Leprosy in India: report of the Leprosy Commission in India, 1890-91
Year: 1890
Disease focus: Leprosy
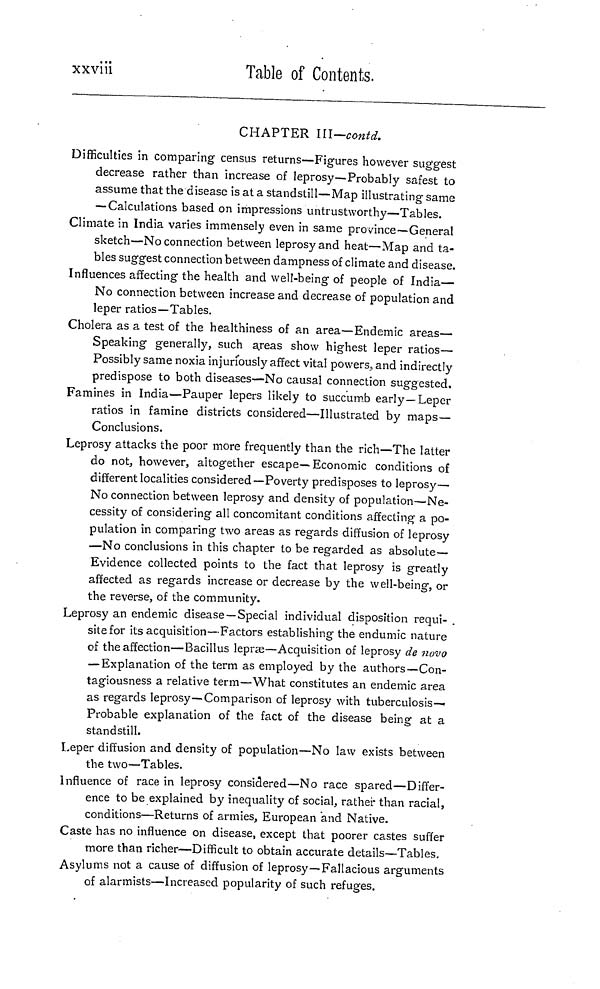
xxviii
Table of Contents.
CHAPTER III—contd.
Difficulties in comparing census returns—Figures however suggest
decrease rather than increase of leprosy—Probably safest to
assume that the disease is at a standstill—Map illustrating same
— Calculations based on impressions untrustworthy—Tables.
Climate in India varies immensely even in same province—General
sketch—No connection between leprosy and heat—Map and ta-
bles suggest connection between dampness of climate and disease.
Influences affecting the health and well-being of people of India—
No connection between increase and decrease of population and
leper ratios—Tables.
Cholera as a test of the healthiness of an area—Endemic areas—
Speaking generally, such areas show highest leper ratios—
Possibly same noxia injuriously affect vital powers,, and indirectly
predispose to both diseases—No causal connection suggested.
Famines in India—Pauper lepers likely to succumb early—Leper
ratios in famine districts considered—Illustrated by maps—
Conclusions.
Leprosy attacks the poor more frequently than the rich—The latter
do not, however, altogether escape—Economic conditions of
different localities considered —Poverty predisposes to leprosy—
No connection between leprosy and density of population—Ne-
cessity of considering all concomitant conditions affecting a po-
pulation in comparing two areas as regards diffusion of leprosy
—No conclusions in this chapter to be regarded as absolute—
Evidence collected points to the fact that leprosy is greatly
affected as regards increase or decrease by the well-being, or
the reverse, of the community.
Leprosy an endemic disease —Special individual disposition requi- .
site for its acquisition—Factors establishing the endumic nature
of the affection—Bacillus leprse—Acquisition of leprosy de novo
— Explanation of the term as employed by the authors—Con-
tagiousness a relative term—What constitutes an endemic area
as regards leprosy—Comparison of leprosy with tuberculosis-
Probable explanation of the fact of the disease being at a
standstill.
Leper diffusion and density of population—No law exists between
the two—Tables.
Influence of race in leprosy considered—No race spared—Differ-
ence to be explained by inequality of social, rather than racial,
conditions—Returns of armies, European and Native.
Caste has no influence on disease, except that poorer castes suffer
more than richer—Difficult to obtain accurate details—Tables,
Asylums not a cause of diffusion of leprosy—Fallacious arguments
of alarmists—Increased popularity of such refuges.